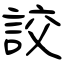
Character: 詨